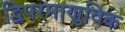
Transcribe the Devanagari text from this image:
द्विपरमाणुविक